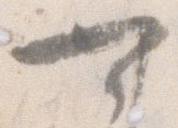
可